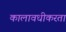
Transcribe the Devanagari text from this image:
कालावधीकरता